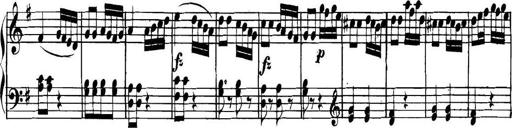
Title: Collected Piano Sonatas
Composer: Muzio Clementi